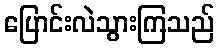
ပြောင်းလဲသွားကြသည်